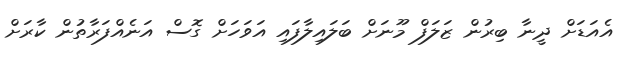
އެއަޑަށް ދީނާ ބިރުން ޒަލަފް މޫނަށް ބަލައިލާފައި އަވަހަށް ގޮސް އަނެއްފަރާތުން ކާރަށް